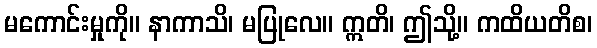
မကောင်းမှုကို။ နာကာသိ၊ မပြုလေ။ ဣတိ၊ ဤသို့။ ကထိယတိစ၊